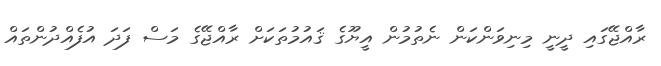
ރާއްޖޭގައި ދީނީ މިނިވަންކަން ނެތުމުން އީޔޫގެ ޤައުމުތަކަށް ރާއްޖޭގެ މަސް ފަދަ އުފެއްދުންތައް